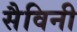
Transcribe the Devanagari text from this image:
सैविनी